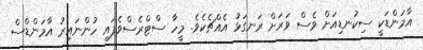
އާމަންޑަކީ ސިކުނޑިއަށް ވެސް ވަރަށް ރަނގަޅު އެއްޗެކެވެ. މީހާ ސްޓްރެސްވެފައި ހުންނައިރު އާމަންޑްސް